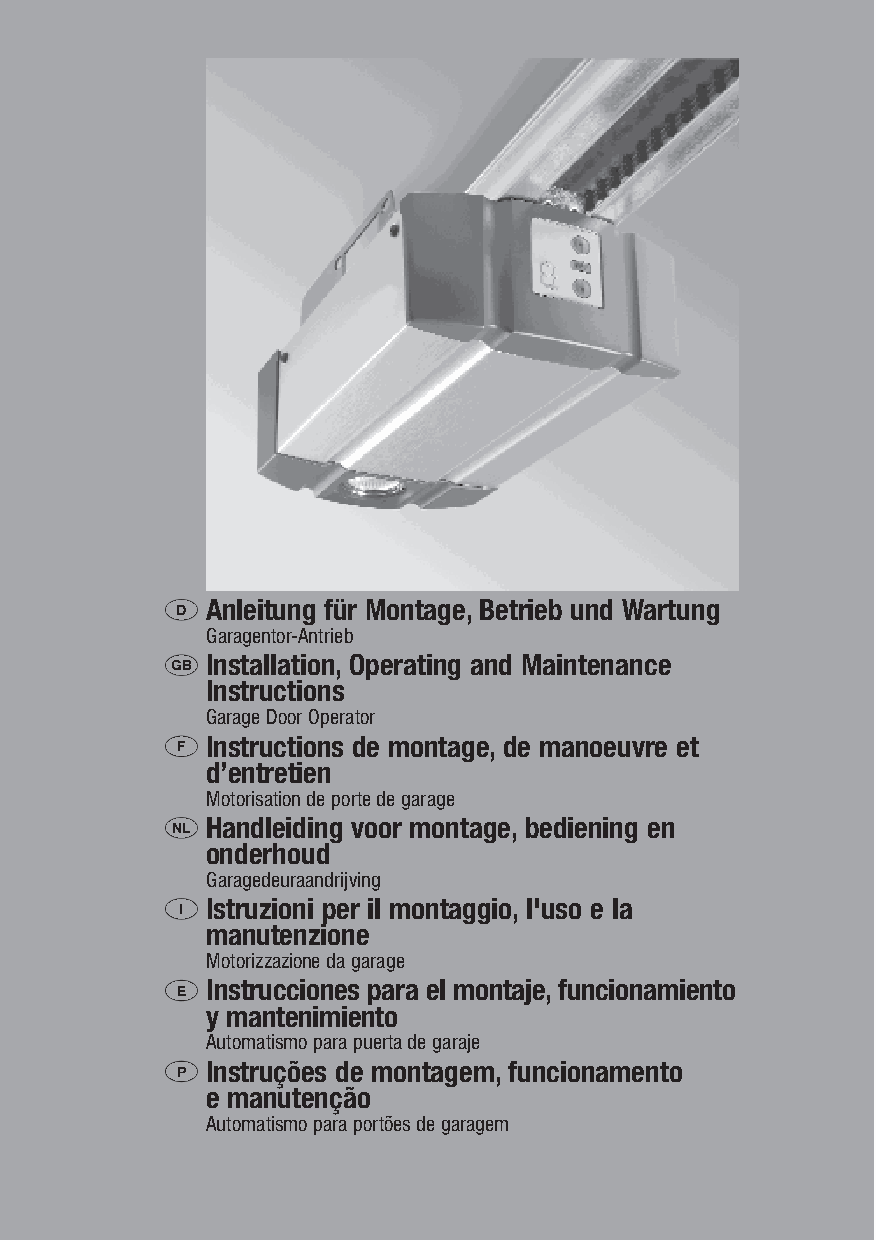
Anleitung für Montage, Betrieb und Wartung
 D
 Garagentor-Antrieb
 Installation, Operating and Maintenance
 GB
 Instructions
 Garage Door Operator
 Instructions de montage, de manoeuvre et
 F
 d’entretien
 Motorisation de porte de garage
 Handleiding voor montage, bediening en
 NL
 onderhoud
 Garagedeuraandrijving
 Istruzioni per il montaggio, l'uso e la
 I
 manutenzione
 Motorizzazione da garage
 Instrucciones para el montaje,funcionamiento
 E
 y mantenimiento
 Automatismo para puerta de garaje
 Instruções de montagem, funcionamento
 P
 e manutenção
 Automatismo para portões de garagem